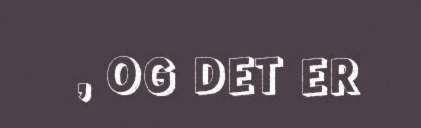
, OG DET ER